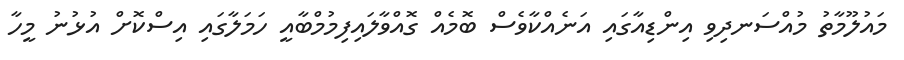
މައުލޫމާތު މުއްސަނދިވި އިންޑިއާގައި އަނެއްކާވެސް ބޮމެއް ގޮއްވާލައިފިމުމްބާއީ ހަމަލާގައި އިސްކޮށް އުޅުނު މީހާ